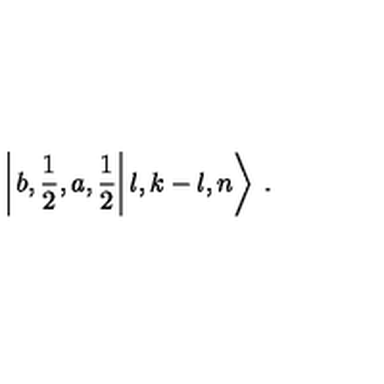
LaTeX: \left| \left. b , \frac { 1 } { 2 } , a , \frac { 1 } { 2 } \right| l , k - l , n \right\rangle \: .